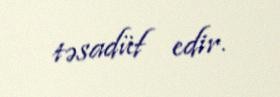
təsadüf edir.